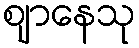
ဈာနေသု